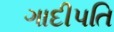
ગાદીપતિ